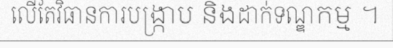
លើតែវិធានការបង្ក្រាប និងដាក់ទណ្ឌកម្ម ។